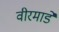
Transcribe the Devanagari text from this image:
वीरमाडे